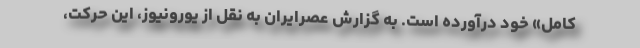
کامل» خود درآورده است. به گزارش عصرایران به نقل از یورونیوز، این حرکت،